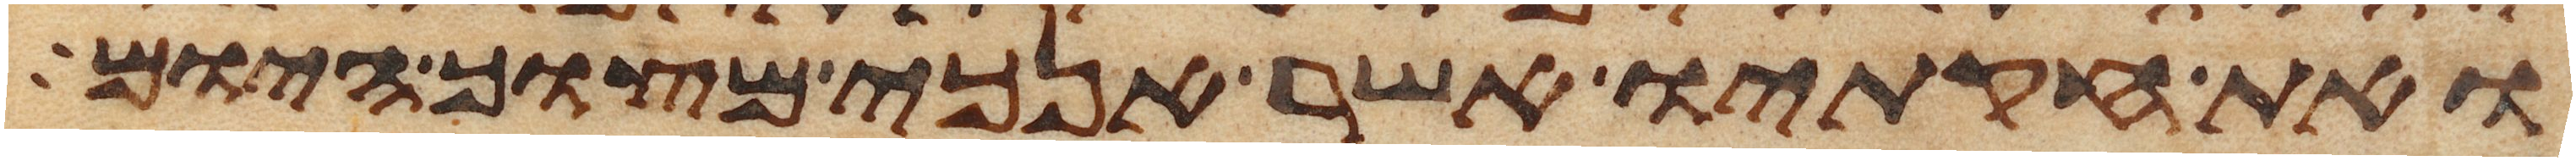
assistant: ואת חקתיו אשר אנכי מצוך היום